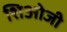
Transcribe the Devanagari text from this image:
शिओजी